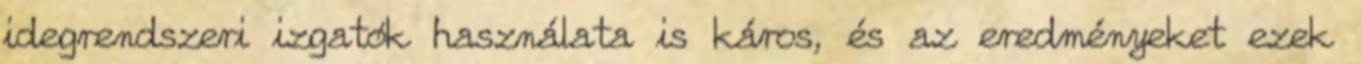
idegrendszeri izgatók használata is káros, és az eredményeket ezek